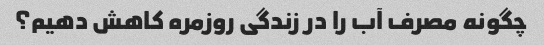
چگونه مصرف آب را در زندگی روزمره کاهش دهیم؟